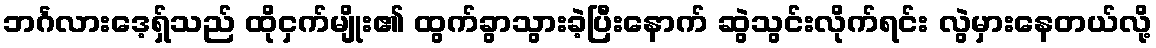
ဘင်္ဂလားဒေ့ရ်ှသည် ထိုငှက်မျိုး၏ ထွက်ခွာသွားခဲ့ပြီးနောက် ဆွဲသွင်းလိုက်ရင်း လွဲမှားနေတယ်လို့